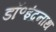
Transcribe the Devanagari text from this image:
डॉ॰इंद्रनाथ